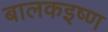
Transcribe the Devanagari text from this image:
बालकइष्ण